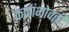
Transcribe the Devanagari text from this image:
कणांभोवती